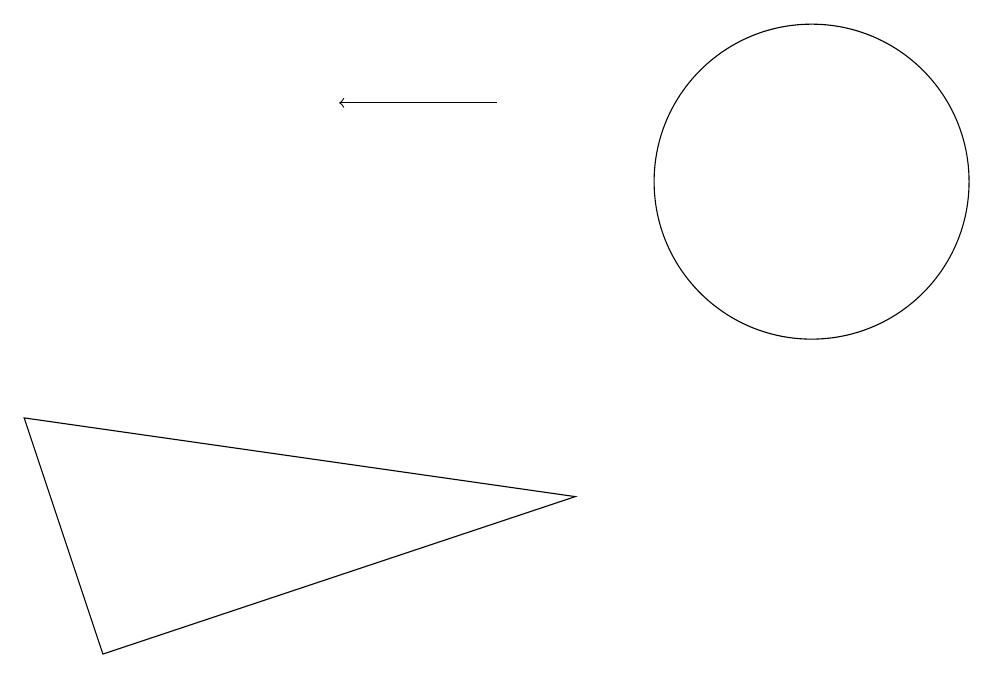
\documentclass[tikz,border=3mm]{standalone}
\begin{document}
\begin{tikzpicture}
\draw (10,10) circle (2);
\draw (1,4) -- (0,7) -- (7,6) -- cycle;
\draw[->] (6,11) -- (4,11);
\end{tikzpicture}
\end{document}